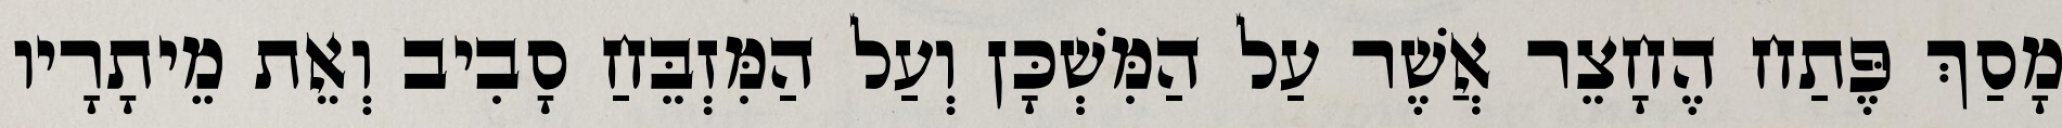
מָסַךְ פֶּתַח הֶחָצֵר אֲשֶׁר עַל הַמִּשְׁכָּן וְעַל הַמִּזְבֵּחַ סָבִיב וְאֵת מֵיתָרָיו